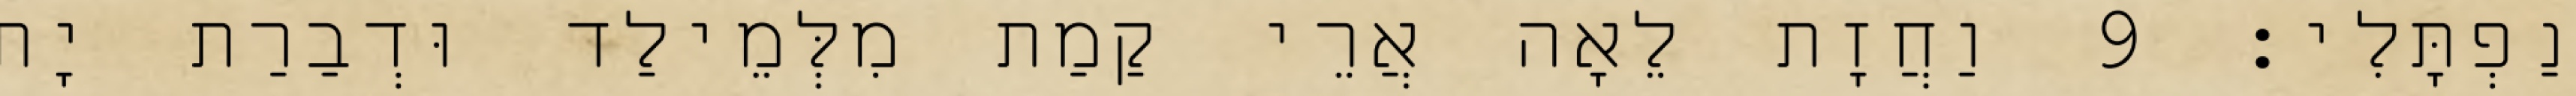
נַפְתָּלִי׃ 9 וַחֲזָת לֵאָה אֲרֵי קַמַת מִלְּמֵילַד וּדְבַרַת יָת